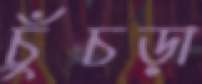
চুঁচড়া